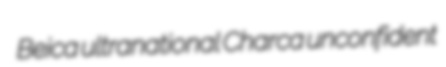
Beica ultranational Charca unconfident